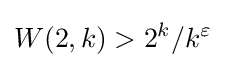
W(2,k)>2^{k}/k^{\varepsilon }